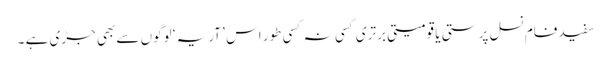
سفید فام نسل پرستی یا قومیتی برتری کسی نہ کسی طور اس ’ آریہ ‘ لوگوں سے بھی جڑی ہے ۔